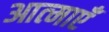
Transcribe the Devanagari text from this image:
आत्‍माएँ